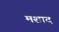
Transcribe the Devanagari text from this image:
मशाद